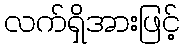
လက်ရှိအားဖြင့်